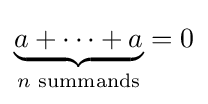
\underbrace {a+\cdots +a} _{n{\text{ summands}}}=0